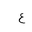
Letter: _ayn